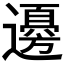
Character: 𮟚